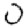
Digit: 0